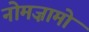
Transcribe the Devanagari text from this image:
नोमज़ामो